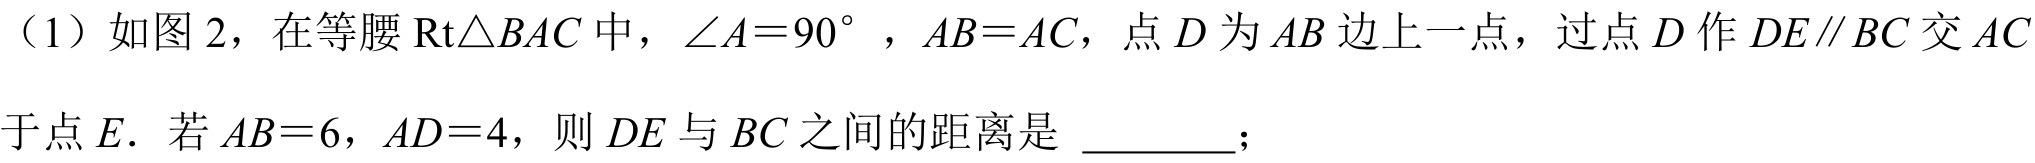
（1）如图 2，在等腰\(\text{Rt}\triangle BAC\)中，\(\angle A = 90^{\circ}\)，\(AB = AC\)，点\(D\)为\(AB\)边上一点，过点\(D\)作\(DE\parallel BC\)交\(AC\)于点\(E\). 若\(AB = 6\)，\(AD = 4\)，则\(DE\)与\(BC\)之间的距离是 \_\_\_\_\_；